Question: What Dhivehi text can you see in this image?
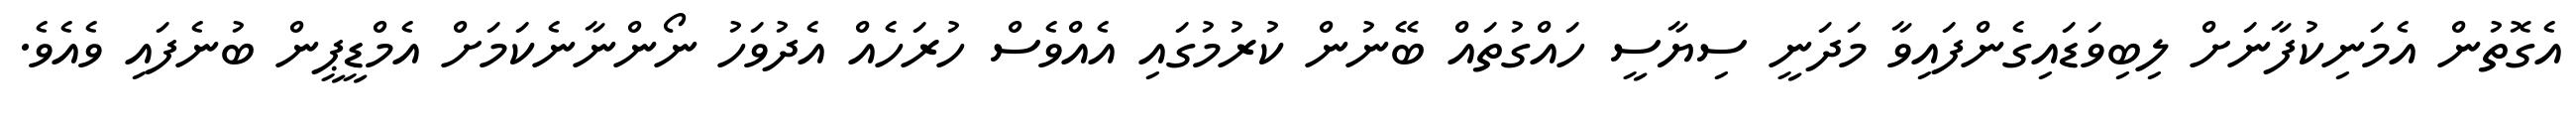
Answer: އެގޮތުން އެމަނިކުފާނަށް ލިބިވަޑައިގެންފައިވާ މަދަނީ ސިޔާސީ ހައްގުތައް ބޭނުން ކުރުމުގައި އެއްވެސް ހުރަހެއް އެދުވަހު ނޯންނާނެކަމަށް އެމްޑީޕީން ބުނެފައި ވެއެވެ.